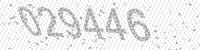
Solution: 029446